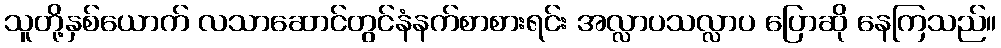
သူတို့နှစ်ယောက် လသာဆောင်တွင်နံနက်စာစားရင်း အလ္လာပသလ္လာပ ပြောဆို နေကြသည်။